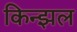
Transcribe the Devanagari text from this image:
किन्झल